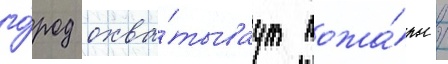
го́род охва́тываут пожа́ры /